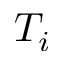
T _ { i }